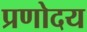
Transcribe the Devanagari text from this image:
प्रणोदय